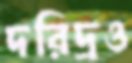
দরিদ্রও